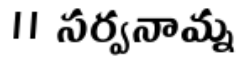
॥ సర్వనామ్న